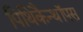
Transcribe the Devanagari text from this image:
पिथिकैन्थॉपस